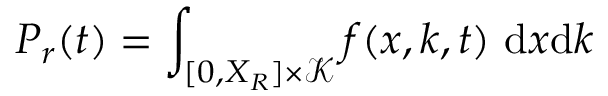
P _ { r } ( t ) = \int _ { [ 0 , X _ { R } ] \times \mathcal { K } } f ( x , k , t ) ~ \mathrm { d } x \mathrm { d } k